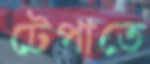
টেপাতে